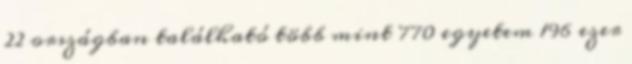
22 országban található több mint 770 egyetem 196 ezer